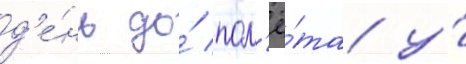
д'е́нь до́ пол'ё́та у́